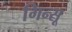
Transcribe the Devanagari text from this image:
गिन्सू